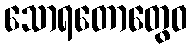
သောရတောတွေဝ